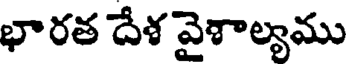
భారత దేశ వైశాల్యము